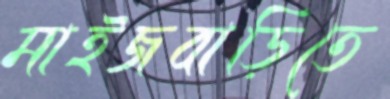
মাইজবাড়িতে